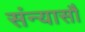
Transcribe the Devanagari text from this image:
संन्यासौ